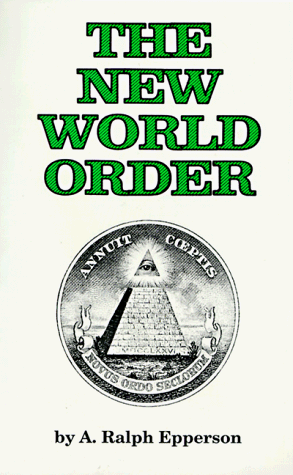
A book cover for New World Order; A. Ralph Epperson; Politics & Social Sciences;